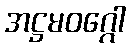
အဋ္ဌမဝဂ္ဂေါ